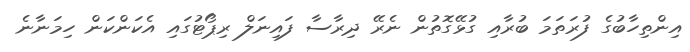
އިންތިހާބުގެ ފުރަތަމަ ބުރާއި ގުޅޭގޮތުން ނެރޭ ދިރާސާ ފައިނަލް ރިޕޯޓުގައި އެކަންކަން ހިމަނާނެ